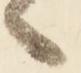
々